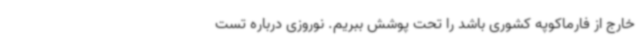
خارج از فارماکوپه کشوری باشد را تحت پوشش ببریم. نوروزی درباره تست